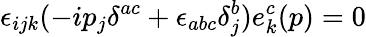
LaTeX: \epsilon_{ijk}(-ip_{j}\delta^{ac}+\epsilon_{abc}\delta_{j}^{b})e_{k}^{c}(p)=0